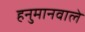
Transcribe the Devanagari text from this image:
हनुमानवाले